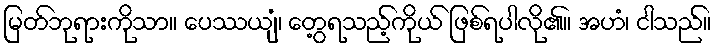
မြတ်ဘုရားကိုသာ။ ပေဿယျံ၊ တွေ့ရသည့်ကိုယ် ဖြစ်ရပါလို၏။ အဟံ၊ ငါသည်။